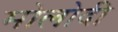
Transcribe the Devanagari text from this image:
मोलोदी